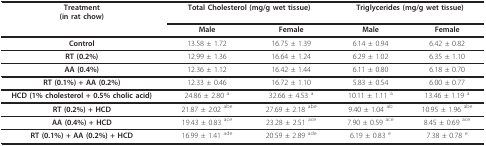
<table><thead><tr><td><b>Treatment(in rat chow)</b></td><td colspan="2"><b>Total Cholesterol (mg/g wet tissue)</b></td><td colspan="2"><b>Triglycerides (mg/g wet tissue)</b></td></tr><tr><td></td><td><b>Male</b></td><td><b>Female</b></td><td><b>Male</b></td><td><b>Female</b></td></tr></thead><tbody><tr><td><b>Control</b></td><td>13.58 ± 1.72</td><td>16.75 ± 1.39</td><td>6.14 ± 0.94</td><td>6.42 ± 0.82</td></tr><tr><td><b>RT (0.2%)</b></td><td>12.99 ± 1.36</td><td>16.64 ± 1.24</td><td>6.29 ± 1.02</td><td>6.35 ± 1.10</td></tr><tr><td><b>AA (0.4%)</b></td><td>12.36 ± 1.12</td><td>16.42 ± 1.44</td><td>6.11 ± 0.80</td><td>6.18 ± 0.70</td></tr><tr><td><b>RT (0.1%) + AA (0.2%)</b></td><td>12.33 ± 0.46</td><td>16.72 ± 1.10</td><td>5.83 ± 0.54</td><td>6.00 ± 0.77</td></tr><tr><td><b>HCD (1% cholesterol + 0.5% cholic acid)</b></td><td>24.86 ± 2.80 <sup>a</sup></td><td>32.66 ± 4.53 <sup>a</sup></td><td>10.11 ± 1.11 <sup>a</sup></td><td>13.46 ± 1.19 <sup>a</sup></td></tr><tr><td><b>RT (0.2%) + HCD</b></td><td>21.87 ± 2.02 <sup>abe</sup></td><td>27.69 ± 2.18 <sup>abe</sup></td><td>9.40 ± 1.04 <sup>ab</sup></td><td>10.95 ± 1.96 <sup>abe</sup></td></tr><tr><td><b>AA (0.4%) + HCD</b></td><td>19.43 ± 0.83 <sup>ace</sup></td><td>23.28 ± 2.51 <sup>ace</sup></td><td>7.90 ± 0.59 <sup>ace</sup></td><td>8.45 ± 0.69 <sup>ace</sup></td></tr><tr><td><b>RT (0.1%) + AA (0.2%) + HCD</b></td><td>16.99 ± 1.41 <sup>ade</sup></td><td>20.59 ± 2.89 <sup>ade</sup></td><td>6.19 ± 0.83 <sup>e</sup></td><td>7.38 ± 0.78 <sup>e</sup></td></tr></tbody></table>